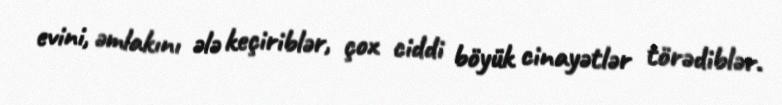
evini, əmlakını ələ keçiriblər, çox ciddi böyük cinayətlər törədiblər.